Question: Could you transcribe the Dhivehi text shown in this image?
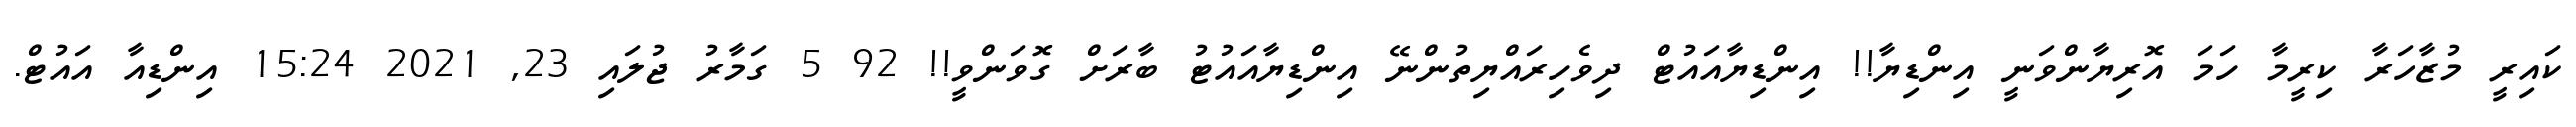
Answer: ކައިރީ މުޒާހަރާ ކިރީމާ ހަމަ އޮރިޔާންވަނީ އިންޑިޔާ!! އިންޑިޔާއައުޓް ދިވެހިރައްޔިތުންނޭ އިންޑިޔާއައުޓު ބާރަށް ގޮވަންވީ!! 92 5 ގަމާރު ޖުލައި 23, 2021 15:24 އިންޑިއާ އައުޓް.